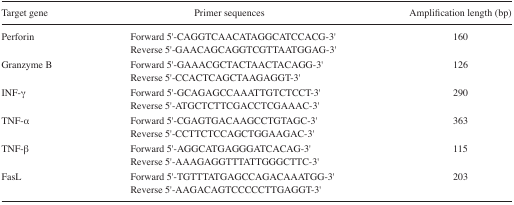
| Target gene | Primer sequences | Amplification length (bp) |
 | --- | --- | --- |
 | Perforin | Forward 5′-CAGGTCAACATAGGCATCCACG-3′Reverse 5′-GAACAGCAGGTCGTTAATGGAG-3′ | 160 |
 | Granzyme B | Forward 5′-GAAACGCTACTAACTACAGG-3′Reverse 5′-CCACTCAGCTAAGAGGT-3′ | 126 |
 | INF-γ | Forward 5′-GCAGAGCCAAATTGTCTCCT-3′Reverse 5′-ATGCTCTTCGACCTCGAAAC-3′ | 290 |
 | TNF-α | Forward 5′-CGAGTGACAAGCCTGTAGC-3′Reverse 5′-CCTTCTCCAGCTGGAAGAC-3′ | 363 |
 | TNF-β | Forward 5′-AGGCATGAGGGATCACAG-3′Reverse 5′-AAAGAGGTTTATTGGGCTTC-3′ | 115 |
 | FasL | Forward 5′-TGTTTATGAGCCAGACAAATGG-3′Reverse 5′-AAGACAGTCCCCCTTGAGGT-3′ | 203 |